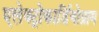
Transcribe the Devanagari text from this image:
एलेक्ट्रोकार्डियोग्राम